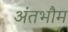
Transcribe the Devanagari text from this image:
अंतभौम